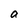
Character: a